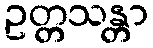
ဥတ္တသန္တာ